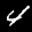
Label: 4